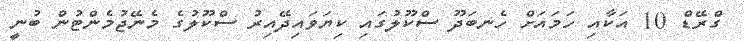
ގްރޭޑް 10 އަކާއި ހަމައަށް ހެނބަދޫ ސްކޫލުގައި ކިޔަވައިދޭއިރު ސްކޫލުގެ މެނޭޖުމެންޓުން ބުނީ